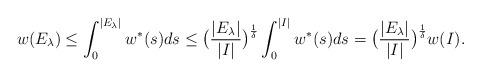
LaTeX: \begin{align*}w(E_\lambda)\leq \int_0 ^{|E_\lambda|}w^*(s)ds \leq \big(\frac{|E_\lambda|}{|I|}\big)^\frac{1}{\delta}\int_0 ^{|I|}w^*(s)ds =\big(\frac{|E_\lambda|}{|I|}\big)^\frac{1}{\delta} w(I).\end{align*}